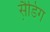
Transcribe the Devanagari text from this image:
स़ैडिग